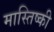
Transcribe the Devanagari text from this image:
मास्तिष्की